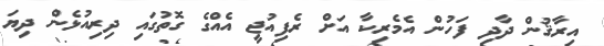
އިރާޤުން ދާދި ފަހުން އެމެރިކާ އަށް ރެފިއުޖީ އެއްގެ ގޮތުގައި ދިރިއުޅެން ދިޔަ